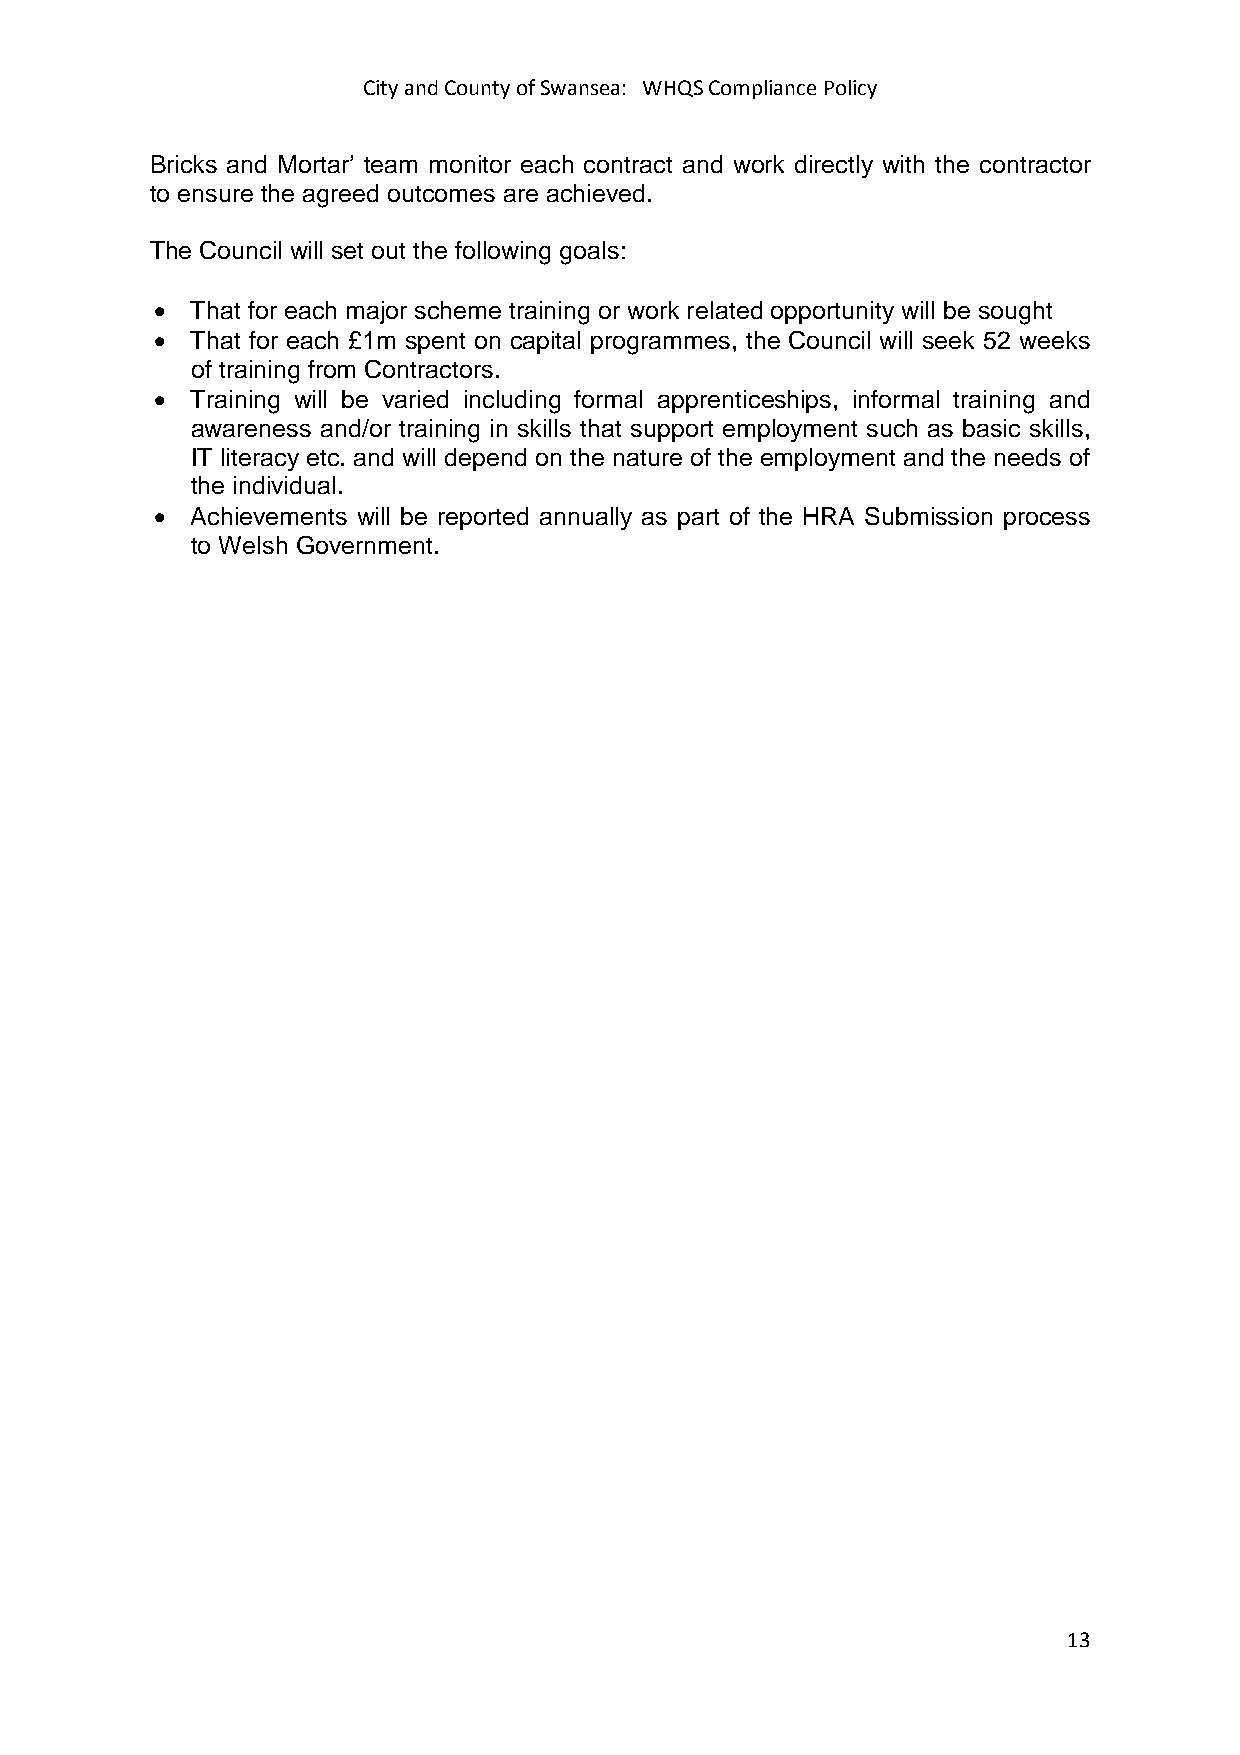
City and County of Swansea: WHQS Compliance Policy
 Bricks and Mortar’ team monitor each contract and work directly with the contractor
 to ensure the agreed outcomes are achieved.
 The Council will set out the following goals:
 •  That for each major scheme training or work related opportunity will be sought
 •  That for each £1m spent on capital programmes, the Council will seek 52 weeks
 of training from Contractors.
 •  Training will be varied including formal apprenticeships, informal training and
 awareness and/or training in skills that support employment such as basic skills,
 IT literacy etc. and will depend on the nature of the employment and the needs of
 the individual.
 •  Achievements will be reported annually as part of the HRA Submission process
 to Welsh Government.
 13